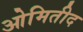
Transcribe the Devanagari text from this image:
ओमितीद